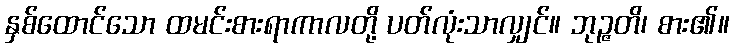
နှစ်ထောင်သော ထမင်းစားရာကာလတို့ ပတ်လုံးသာလျှင်။ ဘုဉ္ဇတိ၊ စား၏။